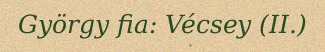
György fia: Vécsey (II.)